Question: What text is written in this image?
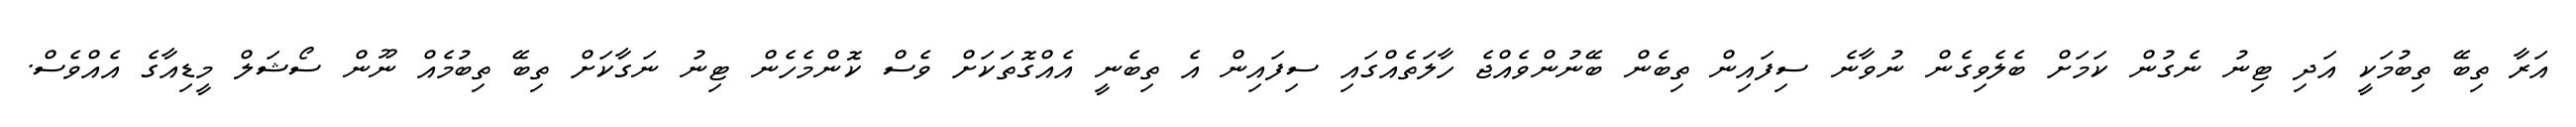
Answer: އަރާ ތިބޭ ތިބުމަކީ އަދި ޓިނު ނެގުން ކަމަށް ބެލެވިގެން ނުވާނެ ސިފައިން ތިބެން ބޭނުންވެއްޖެ ހާލަތެއްގައި ސިފައިން އެ ތިބެނީ އެއްގޮތަކަށް ވެސް ކޮންމެހެން ޓިނު ނަގާކަށް ތިބޭ ތިބުމެއް ނޫން ސޯޝަލް މީޑިއާގެ އެއްވެސް.